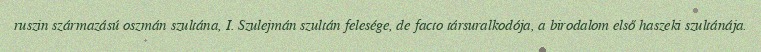
ruszin származású oszmán szultána, I. Szulejmán szultán felesége, de facto társuralkodója, a birodalom első haszeki szultánája.